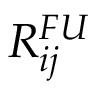
R _ { i j } ^ { F U }